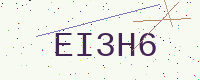
Text: EI3H6